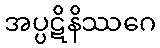
အပ္ပဋိနိဿဂေ